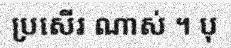
ប្រសើរ ណាស់ ។ បុ